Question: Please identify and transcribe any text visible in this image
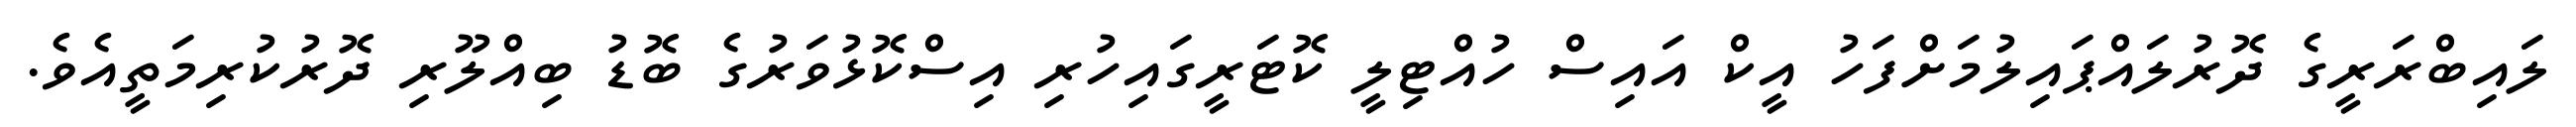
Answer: ލައިބްރަރީގެ ދޮރުލައްޕައިލުމަށްފަހު އީކް އައިސް ހުއްޓިލީ ކޮޓަރީގައިހުރި އިސްކޮޅުވަރުގެ ބޮޑު ބިއްލޫރި ދޮރުކުރިމަތީއެވެ.